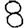
Digit: 8